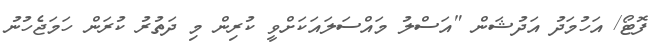
ފޮޓޯ/ އަހުމަދު އަދުޝަން "އަސްލު މައްސަލައަކަށްވީ ކުރިން މި ދަތުރު ކުރަން ހަމަޖެހުނު